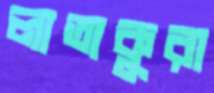
লাতাকুরা